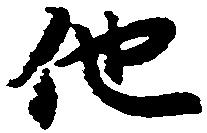
他